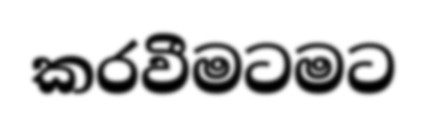
කරවීමටමට